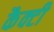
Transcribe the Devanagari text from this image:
कैक्टी